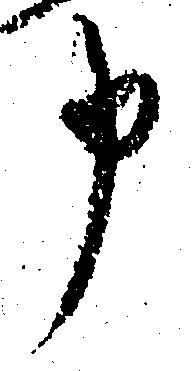
申